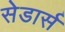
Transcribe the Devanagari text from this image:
सेडार्स